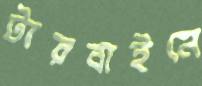
টারবাইনে